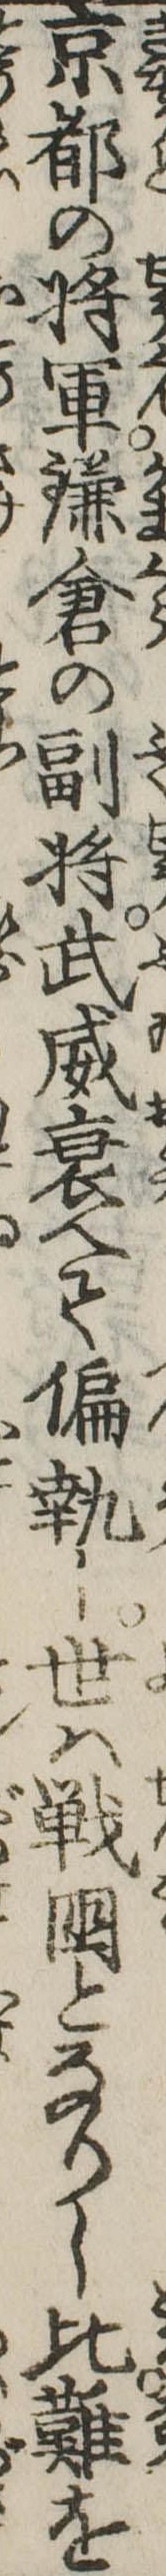
京都の将軍鎌倉の副将武威衰へて偏執し世は戦国となりし比難を